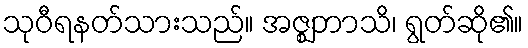
သုဝီရနတ်သားသည်။ အဇ္ဈဘာသိ၊ ရွတ်ဆို၏။